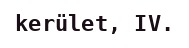
kerület, IV.